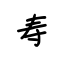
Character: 寿